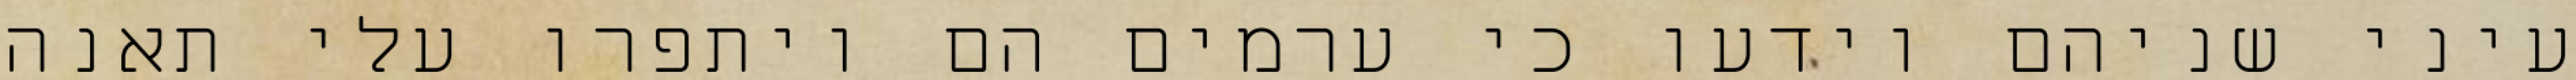
עיני שניהם וידעו כי ערמים הם ויתפרו עלי תאנה